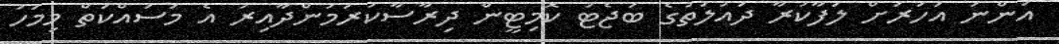
އަންނަ އަހަރަށް ލަފާކުރާ ދައުލަތުގެ ބަޖެޓު ކޮމިޓީން ދިރާސާކުރަމުންދާއިރު އެ މަސައްކަތް މިމަހު